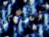
ندعي